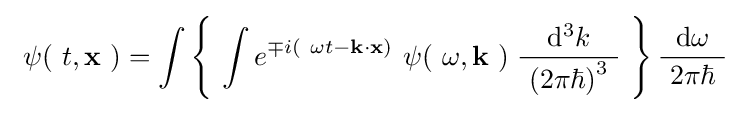
\ \psi (\ t,\mathbf {x} \ )=\int \left\{\ \int e^{\mp i\left(\ \omega t-\mathbf {k} \cdot \mathbf {x} \right)}~\psi (\ \omega ,\mathbf {k} \ )\;{\frac {\ \mathrm {d} ^{3}k\ }{~\left(2\pi \hbar \right)^{3}\ }}\ \right\}{\frac {\ \mathrm {d} \omega \ }{\ 2\pi \hbar \ }}\